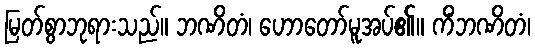
မြတ်စွာဘုရားသည်။ ဘဏိတံ၊ ဟောတော်မူအပ်၏။ ကိံဘဏိတံ၊